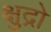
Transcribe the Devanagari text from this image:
क्षुद्रो